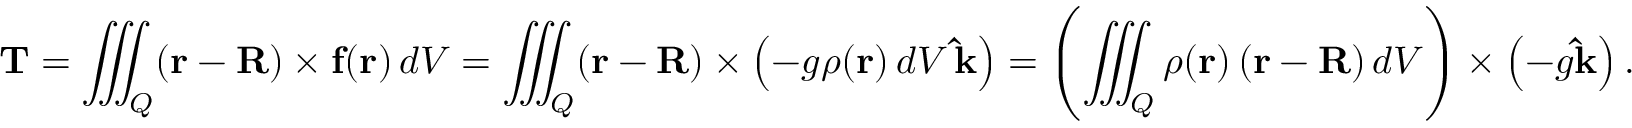
\mathbf { T } = \iiint _ { Q } ( \mathbf { r } - \mathbf { R } ) \times \mathbf { f } ( \mathbf { r } ) \, d V = \iiint _ { Q } ( \mathbf { r } - \mathbf { R } ) \times \left( - g \rho ( \mathbf { r } ) \, d V \, \mathbf { \hat { k } } \right) = \left( \iiint _ { Q } \rho ( \mathbf { r } ) \left( \mathbf { r } - \mathbf { R } \right) d V \right) \times \left( - g \mathbf { \hat { k } } \right) .